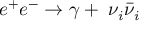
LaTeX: e ^ { + } e ^ { - } \to \gamma + \; \nu _ { i } \bar { \nu } _ { i }